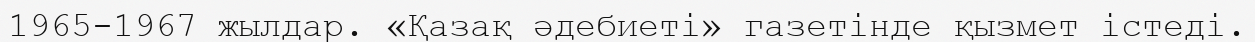
1965-1967 жылдар. «Қазақ әдебиеті» газетінде қызмет істеді.